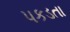
પકડતા